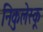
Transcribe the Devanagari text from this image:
निकुलेस्कू